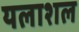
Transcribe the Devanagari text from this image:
यलाशल